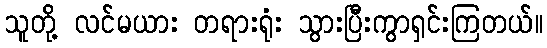
သူတို့ လင်မယား တရားရုံး သွားပြီးကွာရှင်းကြတယ်။